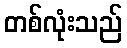
တစ်လုံးသည်